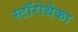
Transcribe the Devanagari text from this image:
स्टॉरोथेका